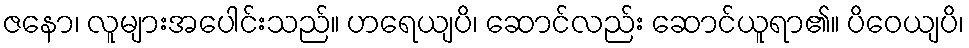
ဇနော၊ လူများအပေါင်းသည်။ ဟရေယျပိ၊ ဆောင်လည်း ဆောင်ယူရာ၏။ ပိဝေယျပိ၊